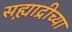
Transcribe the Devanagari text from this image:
सह्य़ाद्रीच्या